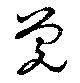
覚